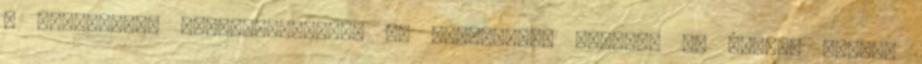
s legnagyobb megdöbbenésemre az utazás.com site-on „A jordán férfi“